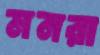
মনরা